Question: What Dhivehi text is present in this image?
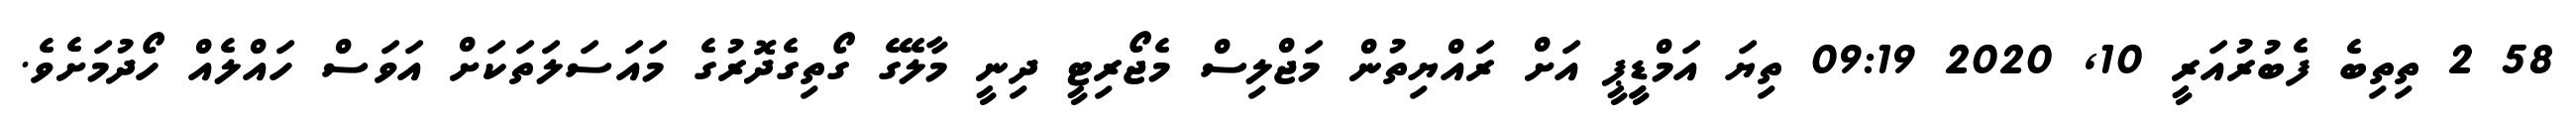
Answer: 58 2 ތިތިބެ ފެބުރުއަރީ 10, 2020 09:19 ތިޔަ އަމްޑިީޕީ އަށް ރައްޔިތުން މަޖްލިސް މެޖޯރިޓީ ދިނީ މާލޭގެ ގޯތިގެދޮރުގެ މައަސަލަތަކަށް އަވަސް ހައްލެއް ހޯދުމަށެވެ.